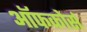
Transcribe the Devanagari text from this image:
ऑफकोर्स